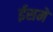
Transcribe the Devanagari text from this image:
ईसमे